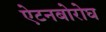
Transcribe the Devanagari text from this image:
ऐटनबोरोघ